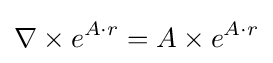
\nabla \times e^{A\cdot r}=A\times e^{A\cdot r}